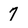
Character: 7